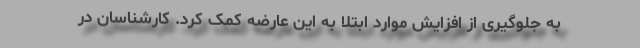
به جلوگیری از افزایش موارد ابتلا به این عارضه کمک کرد. کارشناسان در